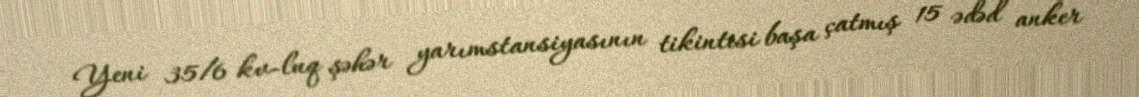
Yeni 35/6 kv-luq şəhər yarımstansiyasının tikintisi başa çatmış 15 ədəd anker